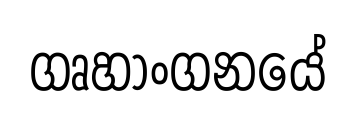
ගෘහාංගනයේ